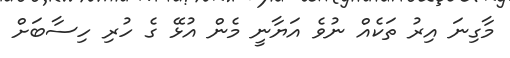
މާގިނަ އިރު ތަކެއް ނުވެ އަޔާނީ މެން އުޅޭ ގެ ހުރި ހިސާބަށް